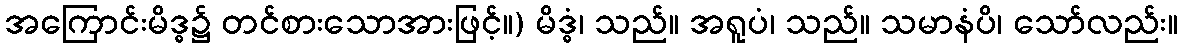
အကြောင်းမိဒ္ဓ၌ တင်စားသောအားဖြင့်။) မိဒ္ဓံ၊ သည်။ အရူပံ၊ သည်။ သမာနံပိ၊ သော်လည်း။